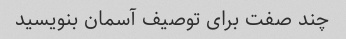
چند صفت برای توصیف آسمان بنویسید